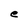
Character: e